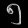
Digit: ၅